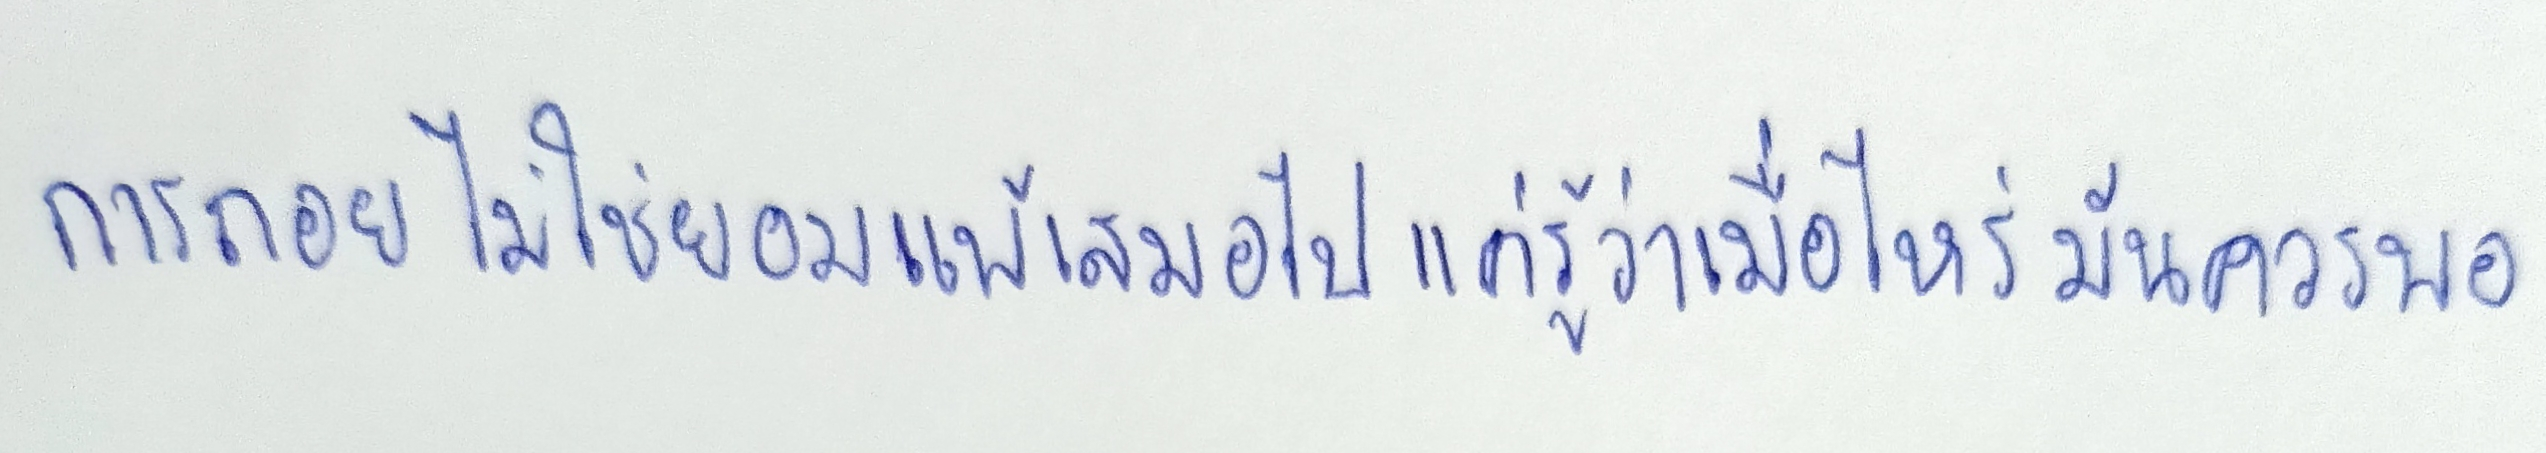
การถอย ไม่ใช่ยอมแพ้เสมอไป แค่รู้ว่าเมื่อไหร่ มันควรพอ